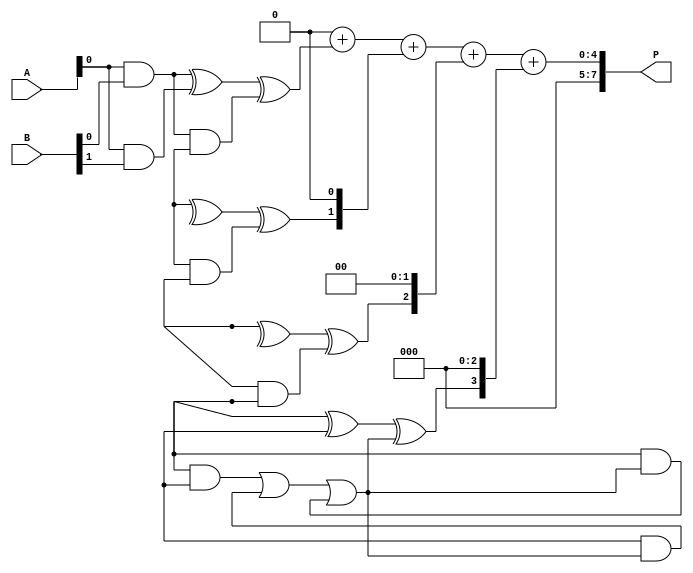
module async_wallace_tree_multiplier #(parameter A_WIDTH = 4, B_WIDTH = 4)(
    input [A_WIDTH-1:0] A,
    input [B_WIDTH-1:0] B,
    output reg [A_WIDTH + B_WIDTH - 1:0] P
);

    // Partial product generation
    wire [A_WIDTH * B_WIDTH - 1:0] partial_products [0:A_WIDTH-1];
    genvar i, j;
    generate
        for (i = 0; i < A_WIDTH; i = i + 1) begin : pp_gen
            for (j = 0; j < B_WIDTH; j = j + 1) begin : pp_gen_inner
                assign partial_products[i][j + (i * B_WIDTH)] = A[i] & B[j];
            end
        end
    endgenerate

    // Wallace tree reduction
    wire [A_WIDTH * B_WIDTH - 1:0] reduced [0:A_WIDTH-1];
    wire [A_WIDTH * B_WIDTH - 1:0] sum;
    wire [A_WIDTH * B_WIDTH - 1:0] carry;

    // Half adder
    function [1:0] half_adder(input a, input b);
        half_adder = {a & b, a ^ b};
    endfunction

    // Full adder
    function [2:0] full_adder(input a, input b, input c);
        full_adder = {(a & b) | (b & c) | (a & c), a ^ b ^ c};
    endfunction

    // Wallace tree reduction logic
    integer k;
    always @* begin
        // Initialize reduced array
        for (k = 0; k < A_WIDTH; k = k + 1) begin
            reduced[k] = 0;
        end

        // First stage: Combine partial products
        for (k = 0; k < A_WIDTH; k = k + 1) begin
            if (k < A_WIDTH - 1) begin
                {carry[k], sum[k]} = half_adder(partial_products[k][0], partial_products[k+1][0]);
            end
        end

        // Further stages of reduction can be added here
        // For simplicity, we will just sum the first two rows of partial products
        for (k = 0; k < A_WIDTH; k = k + 1) begin
            {carry[k], sum[k]} = full_adder(partial_products[k][0], partial_products[k][1], carry[k]);
        end

        // Final summation stage
        P = 0; // Initialize product
        for (k = 0; k < A_WIDTH; k = k + 1) begin
            P = P + (sum[k] << k);
        end
    end

endmodule